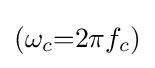
(\omega _{c}{=}2\pi f_{c})